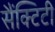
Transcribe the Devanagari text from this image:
सैंक्टिटी